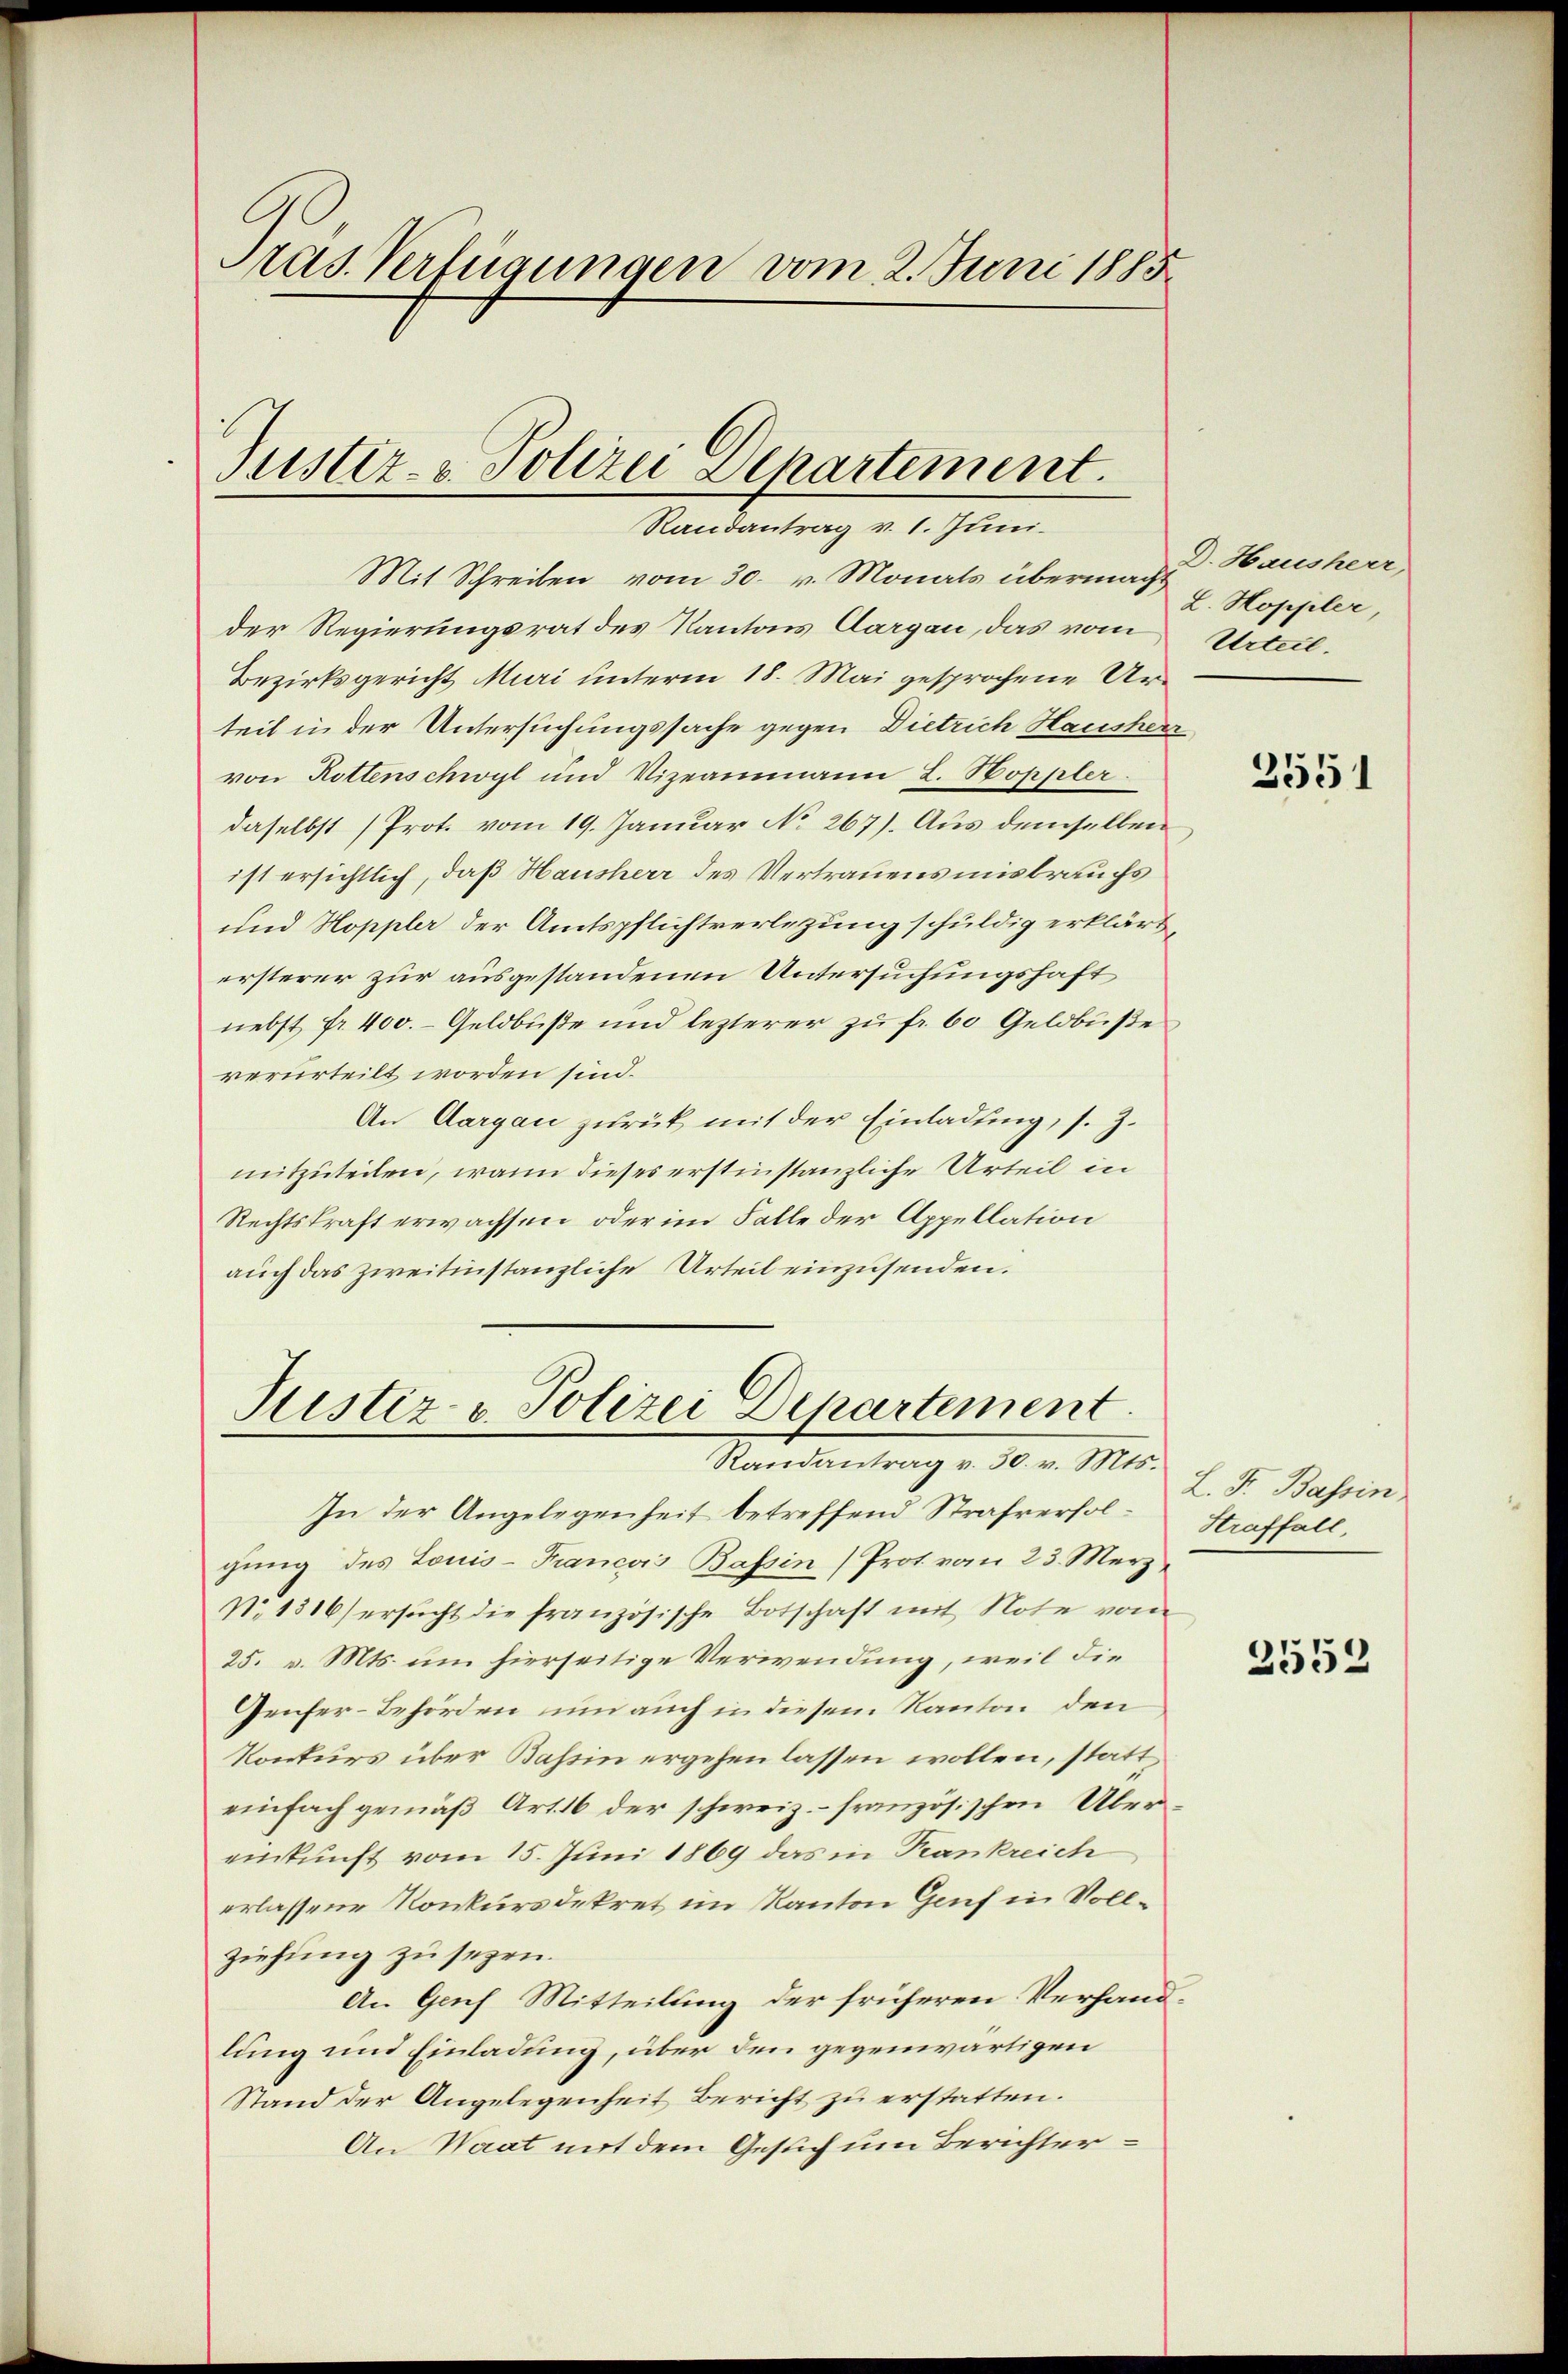
Pras. Verfügungen vom 2. Juni 1885

Mit Schreiben vom 30. v. Monats übermacht. Hausherr
der Regierungsrat des Kantons Aargau, das vom Urteil.
Bezirksgericht Muri unterm 18. Mai gesprochene Urteit in der Untersuchungssache gegen Dietrich Hausherr
von Rottenschwyl und Vizeammann L. Hoppler
daselbst (Prot. vom 19. Januar No 267). Aus demselben
ist ersichtlich, daß Hausherr des Vertrauensmisbrauchs
und Hoppler der Amtspflichtverletzung schuldig erklärt,
ersterer zur ausgestandenen Untersuchungshaft
nebst fr. 400.- Geldbuße und lezterer zu fr. 60 Geldbuße
verurteilt worden sind.
An Aargau zurück mit der Einladung, s. Z.
mitzuteilen, wann dieses erstinstanzliche Urteil in
Rechtskraft erwachsen, oder im Falle der Appellation
auch das zweitinstanzliche Urteil einzusenden.

Justiz- & Polizei Departement.
Randantrag v. 1. Juni.

Puistiz & Polizei Departement.
Randantrag v. 30. v. Mts.

In der Angelegenheit betreffend Strafverfolgung des Louis-Francois Bassin (Prot vom 23. Merz
N. 1316) ersucht die französische Botschaft mit Note vom
25. v. Mts. um hierseitige Verwendung, weil die
Genfer-Behörden um auch in diesem Kanton den
Konkurs über Bassin ergehen lassen wollen, statteinfach gemäß Art. 16 der schweiz.- französischen Über
einkunft vom 15. Juni 1869 das in Krankreich
erlassene Konkursdekret im Kanton Genf in Vollziehung zu sezen.
An Gech Mitteilung der früheren Verhandlung und Einladung, über den gegenwärtigen
Stand der Angelegenheit Bericht zu erstatten.
An Waat mit dem Gesuch um Berichter

L. Hoppler,

2551

L. F. Bassin
Straffall,

2552